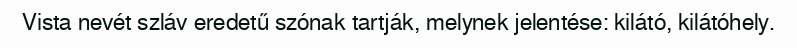
Vista nevét szláv eredetű szónak tartják, melynek jelentése: kilátó, kilátóhely.